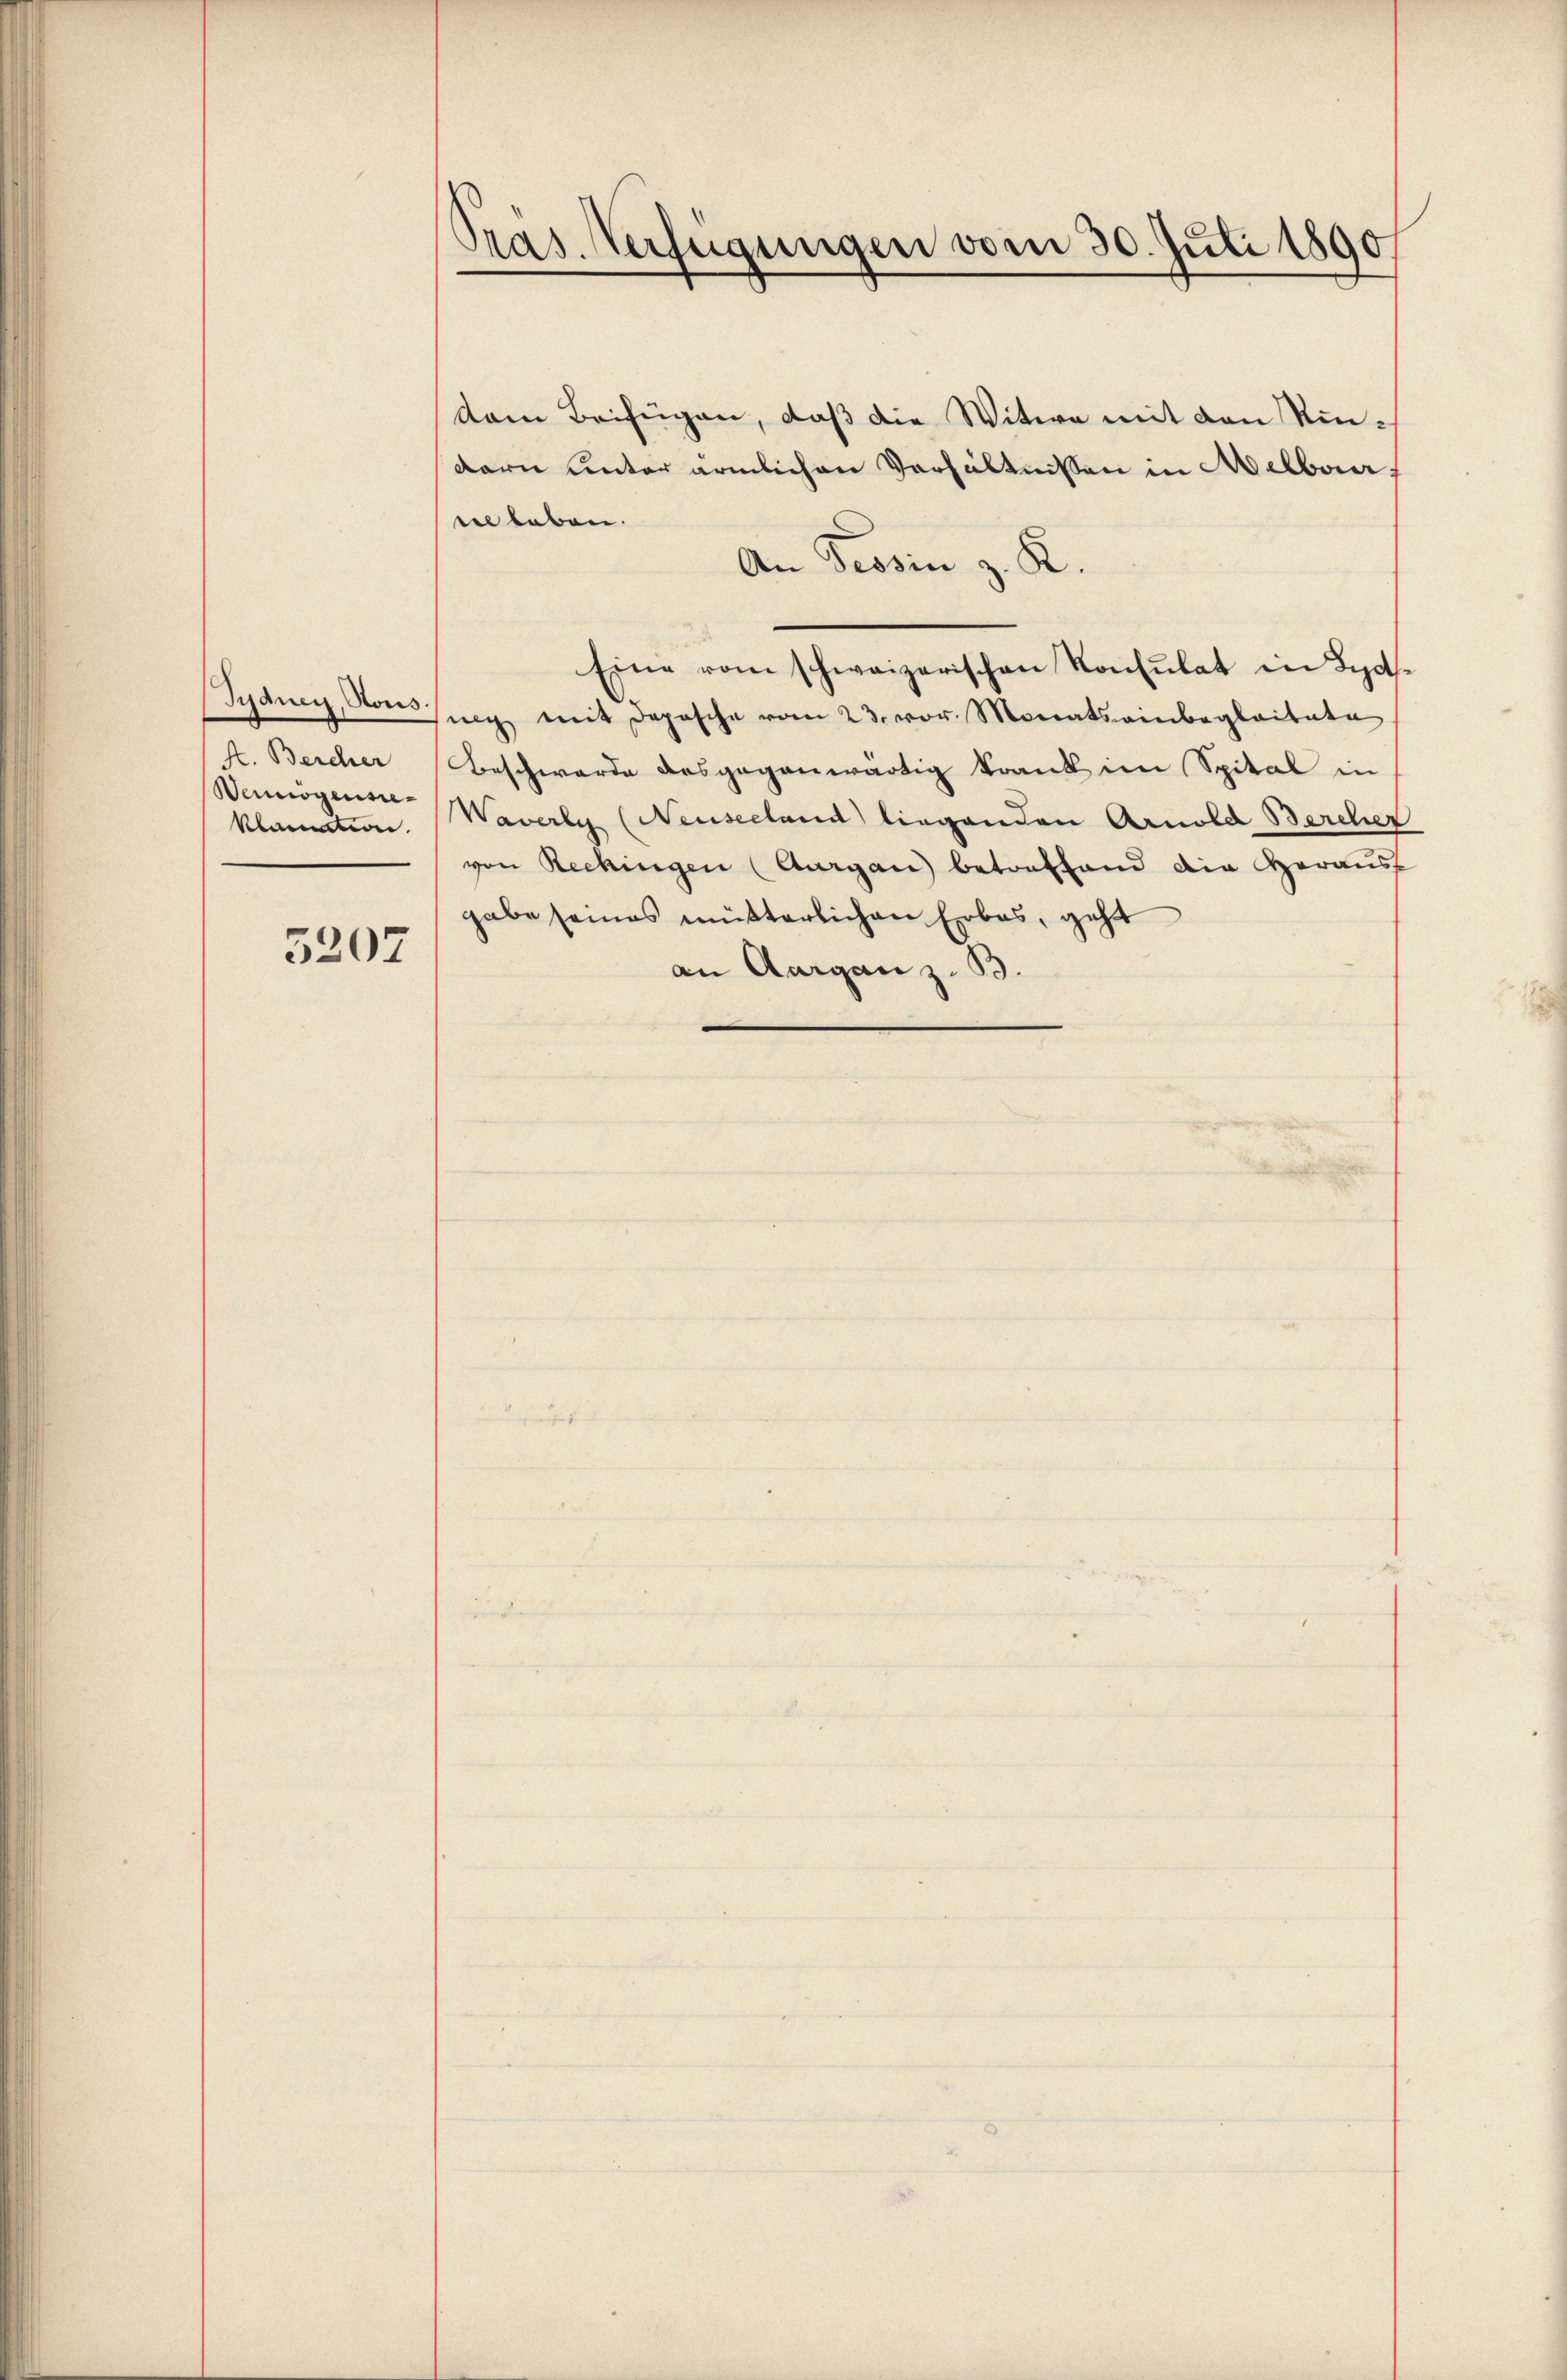
Jydney, Hous.
Wennögenseklammen.

5207

Präs. Verfügungen vom 30. Juli 1890

dem Beifügen, daß die Witwe mit den Kindern unter ärmlichen Verhältnissen in Melbaueel leben.
An Tessin z. K.
Eine vom schweizerischen Konsulat in Lyd-
nig mit Depesche vom 23. vor. Monatseinbegleitete
k. Bercher Beschwerde desgegenwärtig krank im Spital in
Waverly (Neuseeland liegenden Arnold Bercher
von Rechingen (Aargau betreffend die Heraus
gabe seines müßterlichen Erbas, geht
an Aargau z. B.